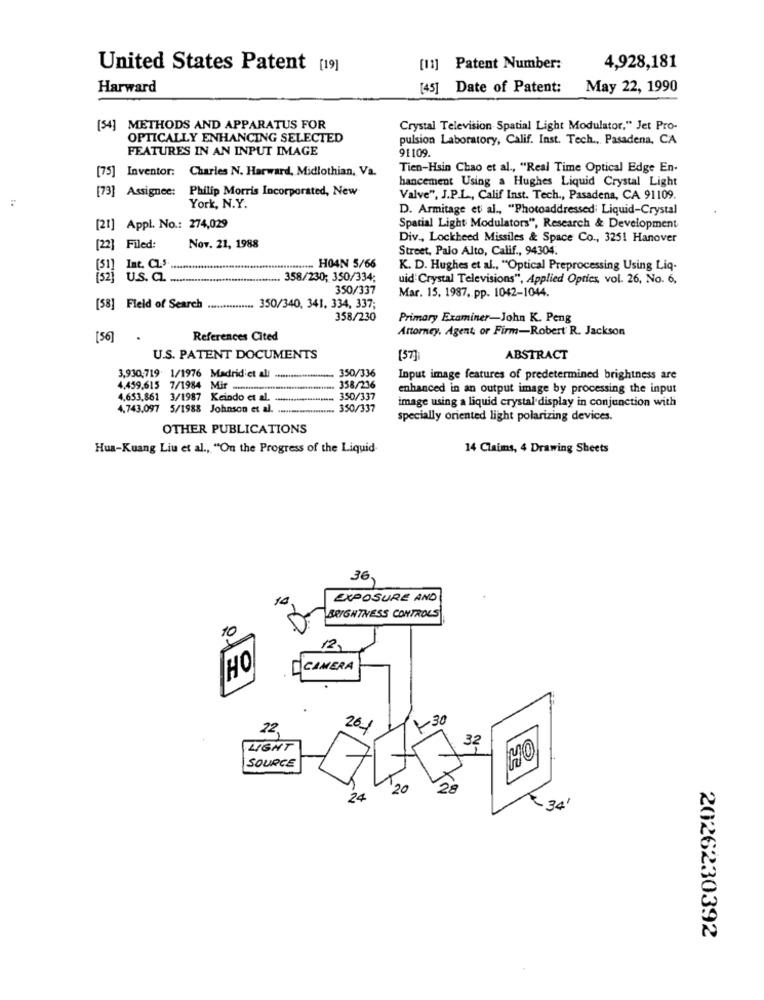
United States Patent [19]
[11] Patent Number:
4,928,181
Harward
[45] Date of Patent:
May 22, 1990
[54] METHODS AND APPARATUS FOR
Crystal Television Spatial Light Modulator," Jet Pro-
OPTICALLY ENHANCING SELECTED
pulsion Laboratory, Calif. Inst. Tech ., Pasadena, CA
FEATURES IN AN INPUT IMAGE
91109.
[75] Inventor: Charles N. Harward, Midlothian, Va.
Tien-Hsin Chao et al ., "Real Time Optical Edge En-
hancement Using a Hughes Liquid Crystal Light
[73] Assignee: Philip Morris Incorporated, New
Valve", J.P.L ., Calif Inst. Tech ., Pasadena, CA 91109.
York, N.Y.
D. Armitage et al ., "Photoaddressed; Liquid-Crystal
[21] Appl. No .: 274,029
Spatial Light Modulators", Research & Development
Div ., Lockheed Missiles & Space Co ., 3251 Hanover
[22] Filed:
Nov. 21, 1988
Street, Palo Alto, Calif ., 94304.
[51] Int. CL. .................*********..................... HO4N 5/66
K. D. Hughes et al ., "Optical Preprocessing Using Liq-
(52] U.S. C .. ..........
...... 358/230; 350/334;
uid Crystal Televisions", Applied Optics, vol. 26, No. 6,
350/337
Mar. 15. 1987. pp. 1042-1044.
[58] Field of Search ............... 350/340, 341, 334, 337;
358/230
Primary Examiner-John K. Peng
Attorney, Agent, or Firm-Robert R. Jackson
[56]
.
References Cited
U.S. PATENT DOCUMENTS
[5]
ABSTRACT
3,930,719: 1/1976 Madridiet all
350/336
Input image features of predetermined brightness are
4,459,615 7/1984 Mir ................................
358/216
enhanced in an output image by processing the input
4,653,861 3/1987 Keindo et al.
350/337
image using a liquid crystal display in conjunction with
4,743,097 5/1988 Johnson et al. ..........
...... 350/337
specially oriented light polarizing devices.
OTHER PUBLICATIONS
Hua-Kuang Liu et al ., "On the Progress of the Liquid-
14 Claims, 4 Drawing Sheets
36
14
EXPOSURE AND
BRIGHTNESS CONTROLS
10
12.
HO
CAMERA
-30
22
261
32
LIGHT
SOURCE
20
24
₹ 34'
2026230392